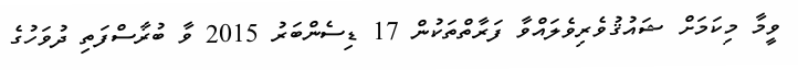
ވީމާ މިކަމަށް ޝައުޤުވެރިވެލައްވާ ފަރާތްތަކުން 17 ޑިސެންބަރު 2015 ވާ ބުރާސްފަތި ދުވަހުގެ